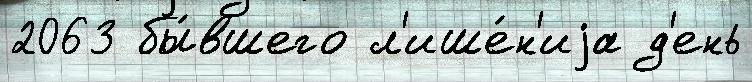
2063 бы́вшего л'ише́н'иjа д'ень